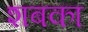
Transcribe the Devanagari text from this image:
शबका